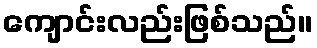
ကျောင်းလည်းဖြစ်သည်။